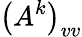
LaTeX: \left(A^{k}\right)_{vv}